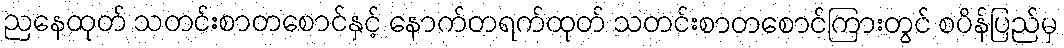
ညနေထုတ် သတင်းစာတစောင်နှင့် နောက်တရက်ထုတ် သတင်းစာတစောင်ကြားတွင် စပိန်ပြည်မှ